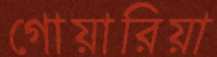
গোয়ারিয়া